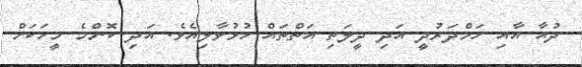
ދުއާ އާއި ހަމްދަރުދީ އަދި ދީލަތި އަތްތައް ހުޅުވާލިއެވެ. އަދި ކޮންމެ މީހަކަށް